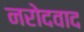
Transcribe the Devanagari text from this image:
नरोदवाद